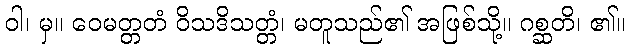
ဝါ၊ မှ။ ဝေမတ္တတံ ဝိသဒိသတ္တံ၊ မတူသည်၏ အဖြစ်သို့။ ဂစ္ဆတိ၊ ၏။